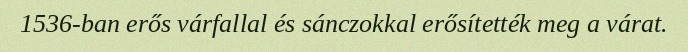
1536-ban erős várfallal és sánczokkal erősítették meg a várat.